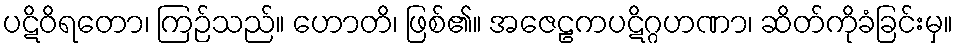
ပဋိဝိရတော၊ ကြဉ်သည်။ ဟောတိ၊ ဖြစ်၏။ အဇေဠကပဋိဂ္ဂဟဏာ၊ ဆိတ်ကိုခံခြင်းမှ။